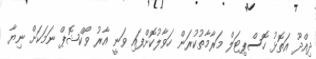
ދިއްދޫ އަތޮޅު ހޮސްޕިޓަލް މަރާމާތުކުރަން ހަވާލުކޮށްފައި ވަނީ އާރު ވޯކްޝޮޕް ނަމަކަށް ނިޔާ